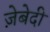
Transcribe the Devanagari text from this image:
ज़ेबेदी